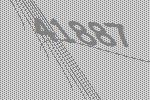
41887